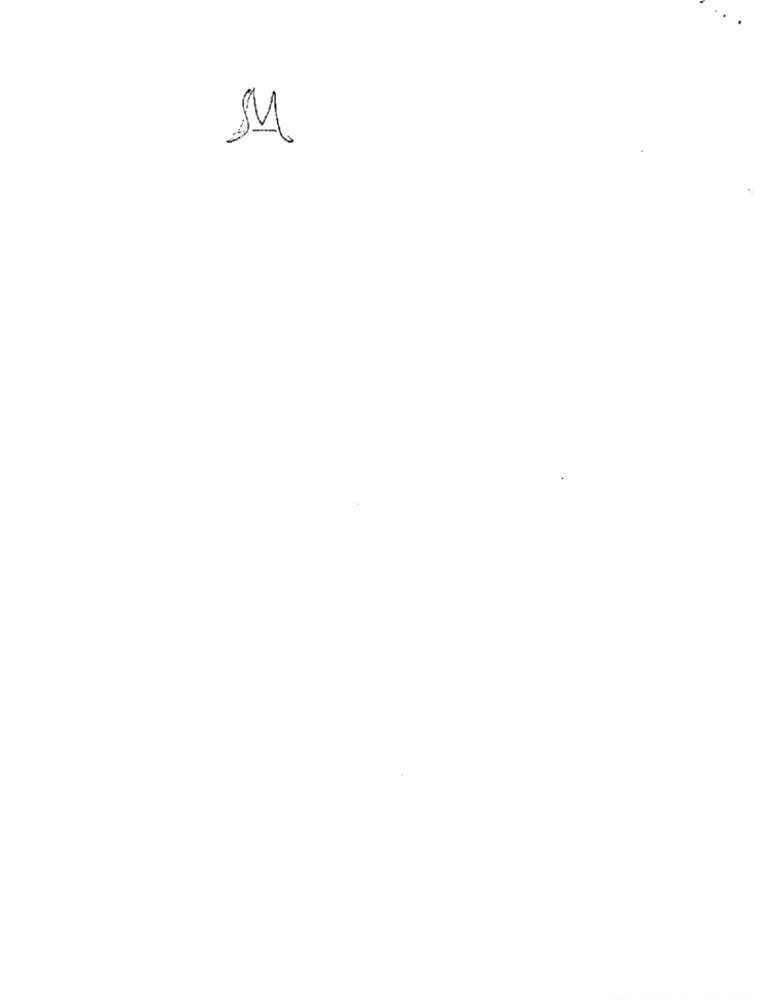
SI